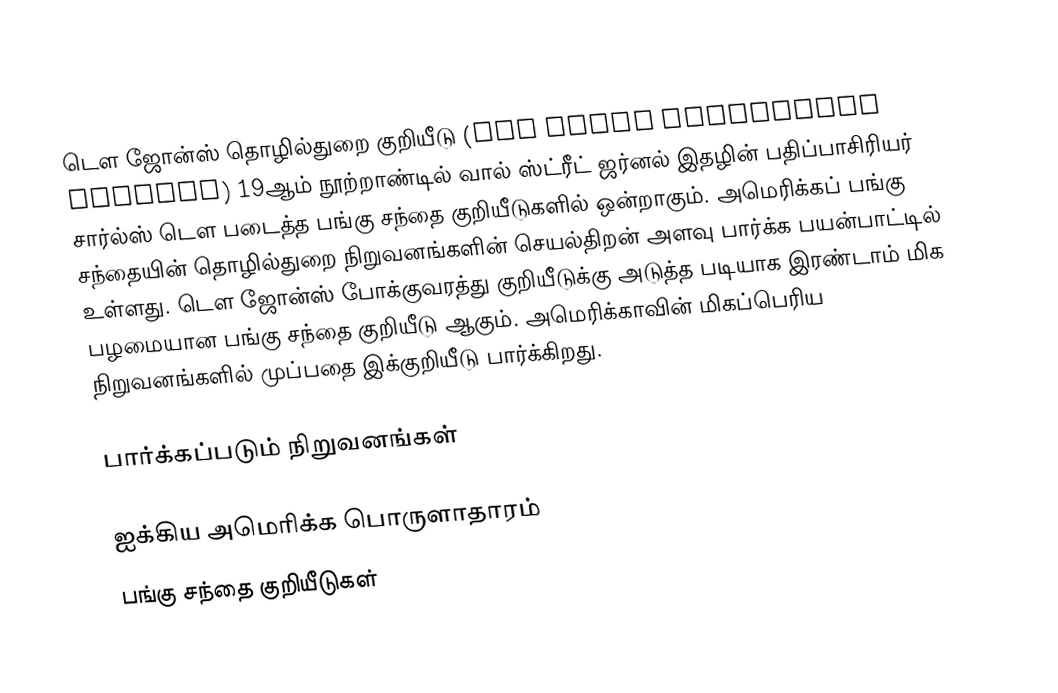
டௌ ஜோன்ஸ் தொழில்துறை குறியீடு (Dow Jones Industrial Average) 19ஆம் நூற்றாண்டில் வால் ஸ்ட்ரீட் ஜர்னல் இதழின் பதிப்பாசிரியர் சார்ல்ஸ் டௌ படைத்த பங்கு சந்தை குறியீடுகளில் ஒன்றாகும். அமெரிக்கப் பங்கு சந்தையின் தொழில்துறை நிறுவனங்களின் செயல்திறன் அளவு பார்க்க பயன்பாட்டில் உள்ளது. டௌ ஜோன்ஸ் போக்குவரத்து குறியீடுக்கு அடுத்த படியாக இரண்டாம் மிக பழமையான பங்கு சந்தை குறியீடு ஆகும். அமெரிக்காவின் மிகப்பெரிய நிறுவனங்களில் முப்பதை இக்குறியீடு பார்க்கிறது.

பார்க்கப்படும் நிறுவனங்கள்

ஐக்கிய அமெரிக்க பொருளாதாரம்
பங்கு சந்தை குறியீடுகள்